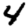
Digit: 4